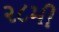
૨૮મી